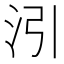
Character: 𪵰